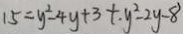
1 5 = y ^ { 2 } - 4 y + 3 + . y ^ { 2 } - 2 y - 8